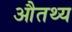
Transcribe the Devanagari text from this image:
औतथ्य